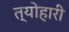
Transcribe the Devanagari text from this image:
त्योहारी